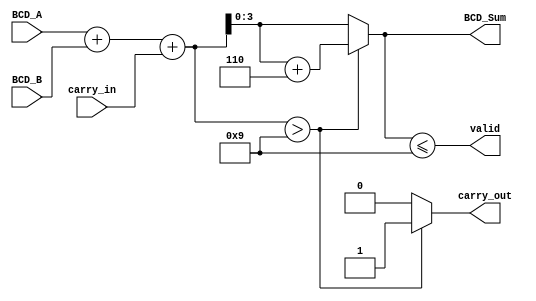
module BCD_Redundant_Binary_Adder (
    input wire [3:0] BCD_A,      // 4-bit BCD input A
    input wire [3:0] BCD_B,      // 4-bit BCD input B
    input wire carry_in,          // carry input from previous addition
    output reg [3:0] BCD_Sum,     // 4-bit BCD sum output
    output reg carry_out,         // carry output for overflow
    output reg valid              // valid output signal
);

// Internal signals for redundant binary
wire [4:0] red_A; // Redundant binary representation of A
wire [4:0] red_B; // Redundant binary representation of B
wire [4:0] red_sum; // Sum in redundant binary
reg [4:0] corrected_sum; // Corrected sum after BCD adjustment

// Convert BCD to redundant binary
// BCD A in redundant binary (0-9) is simply A + 0000
assign red_A = {1'b0, BCD_A}; // Treat as 5-bit, adding 0 to MSB
assign red_B = {1'b0, BCD_B}; // Treat as 5-bit, adding 0 to MSB

// Perform addition of redundant binary values
assign red_sum = red_A + red_B + carry_in; // Add A, B and carry_in

// Check if the result exceeds valid BCD range
always @(*) begin
    if (red_sum > 5'b01001) begin // Check if sum > 9
        corrected_sum = red_sum + 5'b00110; // Add 6 to correct it
        carry_out = 1; // Set carry_out if there was an overflow
    end else begin
        corrected_sum = red_sum; // No correction needed
        carry_out = 0; // No overflow
    end

    // Convert corrected sum back to BCD
    BCD_Sum = corrected_sum[3:0]; // Take the lower 4 bits
    valid = (BCD_Sum <= 4'd9); // BCD is valid if less than or equal to 9
end

endmodule